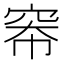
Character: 𪩶